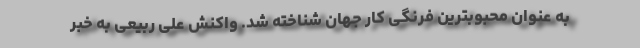
به عنوان محبوبترین فرنگی کار جهان شناخته شد. واکنش علی ربیعی به خبر